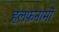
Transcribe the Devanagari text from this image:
हलफनामों